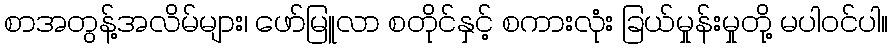
စာအတွန့်အလိမ်များ၊ ဖော်မြူလာ စတိုင်နှင့် စကားလုံး ခြယ်မှုန်းမှုတို့ မပါဝင်ပါ။